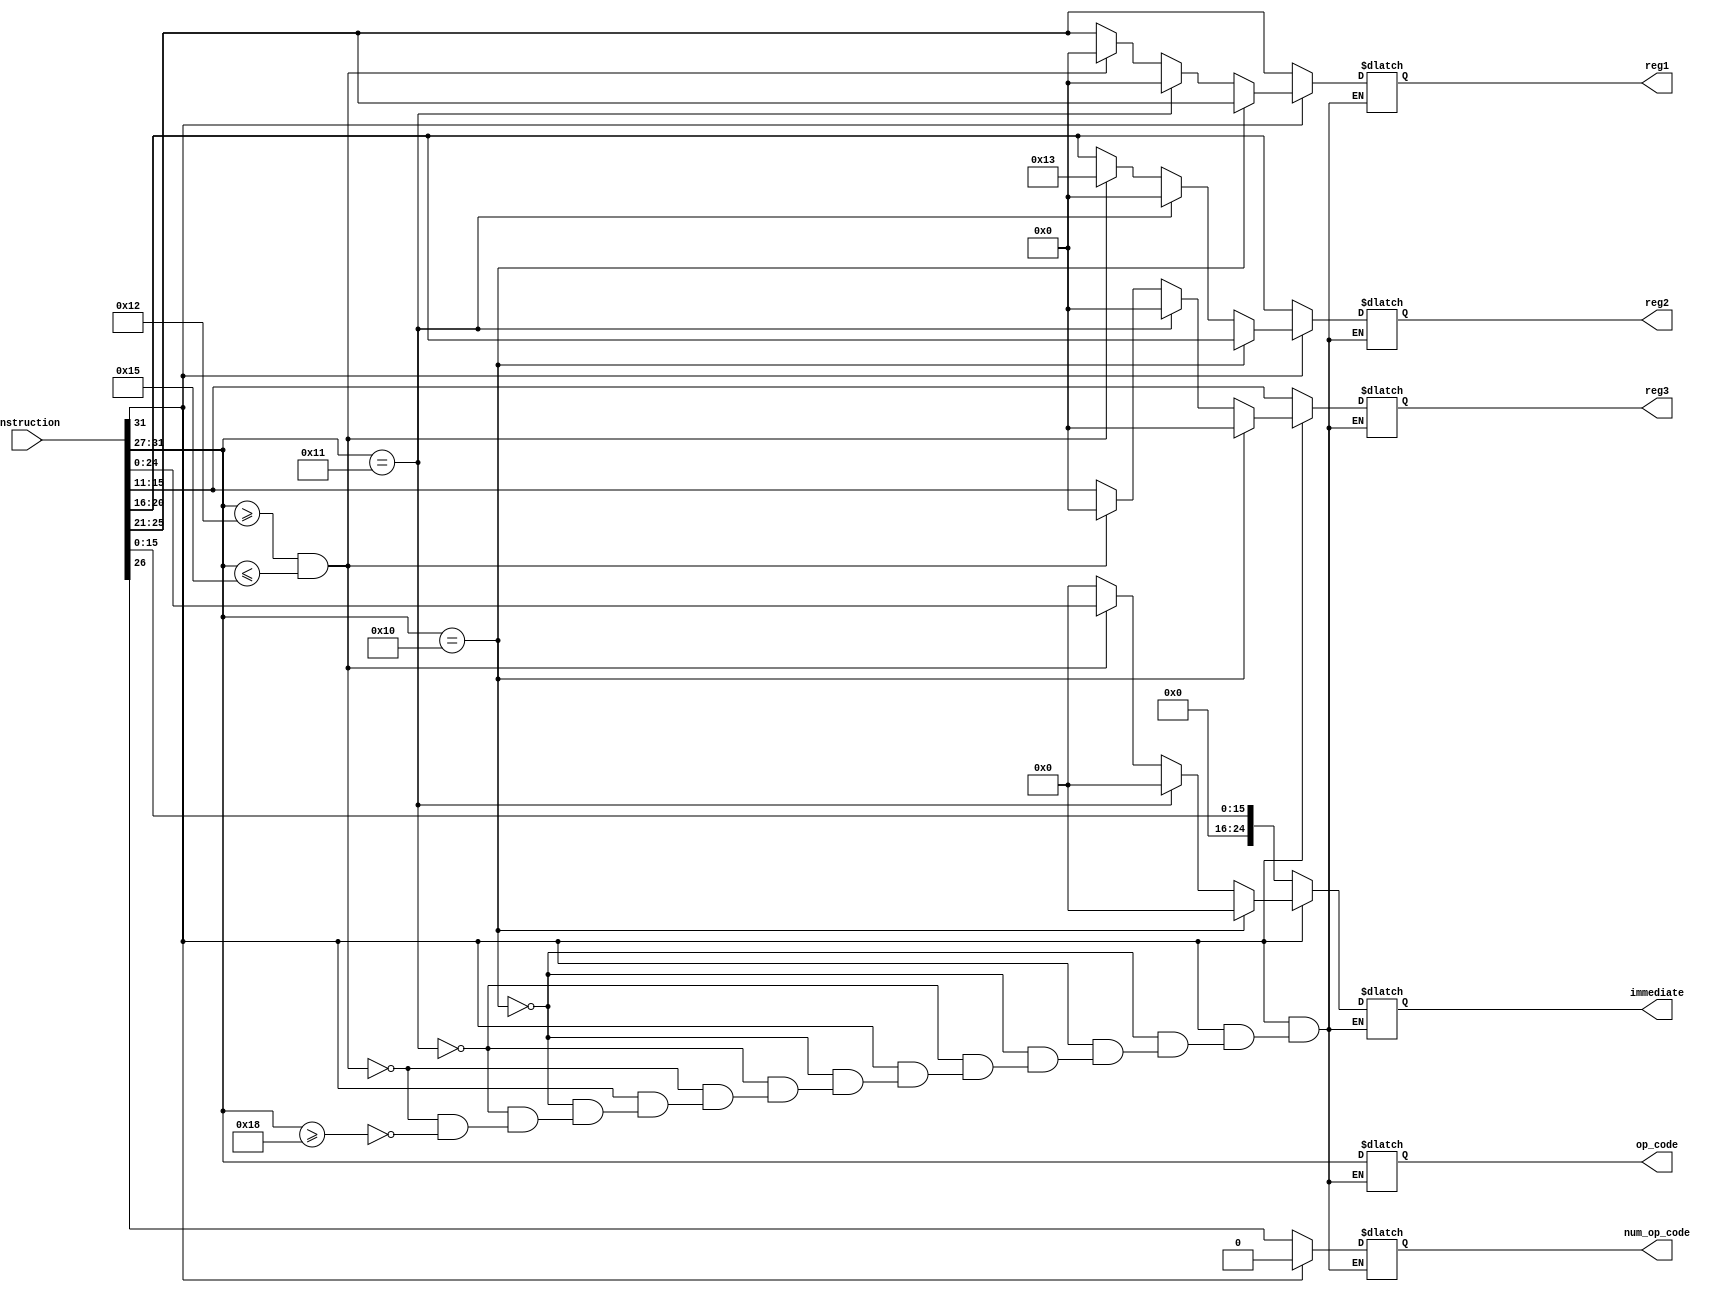
module InstructionControl (
	input [31:0] instruction,
	output reg [4:0] op_code,
	output reg num_op_code,
	output reg [4:0] reg1, reg2, reg3,
	output reg [24:0] immediate
	);
	
	always @ (*)
	begin
		if (instruction[31] == 0) // Reg-Reg/Reg-I type
		begin
			op_code = instruction[31:27];
			
			num_op_code = instruction[26];
			
			reg1 = instruction[25:21];
			reg2 = instruction[20:16];
			reg3 = instruction[15:11];
			immediate = instruction[15:0];
		end

		else if (instruction[31:27] == 5'b10000) // Not type
		begin
			op_code = instruction[31:27];
			
			num_op_code = 0;
			
			reg1 = instruction[25:21];
			reg2 = instruction[20:16];
			reg3 = 0;
			immediate = 0;
		end
		
		else if (instruction[31:27] == 5'b10001) // NOP type
		begin
			op_code = instruction[31:27];
			
			num_op_code = 0;
			
			reg1 = 0;
			reg2 = 0;
			reg3 = 0;
			immediate = 0;
		end
		
		else if (instruction[31:27] >= 5'b10010 & instruction[31:27] <= 5'b10101) // jump-branch type
		begin
			op_code = instruction[31:27];
			
			num_op_code = 0;
			
			reg1 = 0; // dont write in any reg
			reg2 = 5'b10011;// reg num 20 from set instruction
			reg3 = 0;
			immediate = instruction[24:0];//addr to jump
		end

		else if (instruction[31:27] >= 5'b11000 ) // memory type
		begin
			op_code = instruction[31:27];
			
			num_op_code = 0;
			
			reg1 = instruction[25:21]; // reg addr (to write in bank)
			reg2 = instruction[20:16]; // reg with addr to write/read
			reg3 = instruction[15:11]; // reg with data to write
			immediate = 0;
		end
	end
endmodule